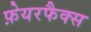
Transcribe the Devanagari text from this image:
फ़ेयरफैक्स